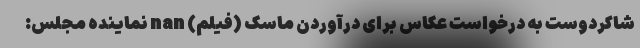
شاکردوست به درخواست عکاس برای درآوردن ماسک (فیلم) nan نماینده مجلس: